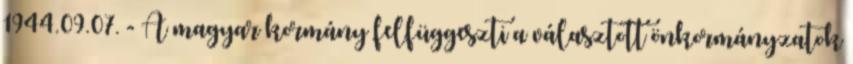
1944.09.07. - A magyar kormány felfüggeszti a választott önkormányzatok